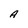
Character: A